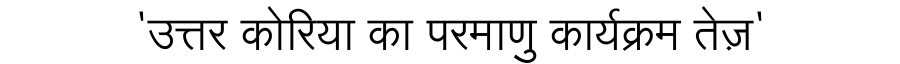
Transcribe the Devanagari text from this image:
'उत्तर कोरिया का परमाणु कार्यक्रम तेज़'